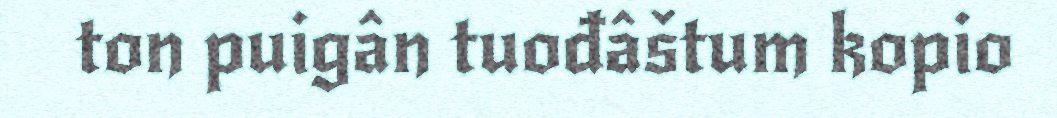
ton puigân tuođâštum kopio